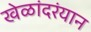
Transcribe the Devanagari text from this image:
खेळांदरंयान